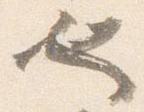
也